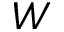
{ \cal W }